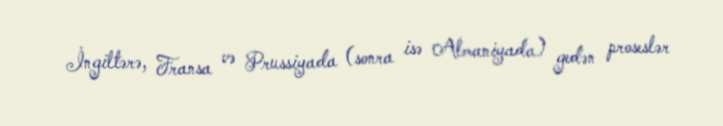
İngiltərə, Fransa və Prussiyada (sonra isə Almaniyada) gedən proseslər